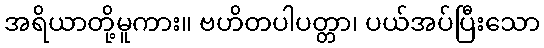
အရိယာတို့မူကား။ ဗဟိတပါပတ္တာ၊ ပယ်အပ်ပြီးသော